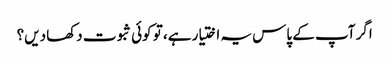
اگر آپ کے پاس یہ اختیار ہے، تو کوئی ثبوت دکھا دیں؟